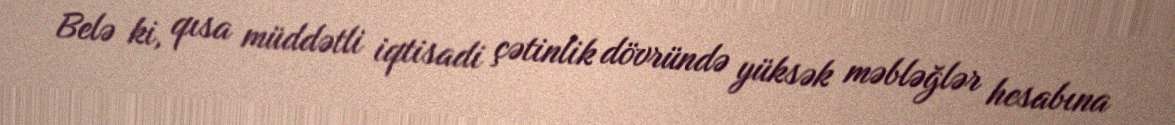
Belə ki, qısa müddətli iqtisadi çətinlik dövründə yüksək məbləğlər hesabına